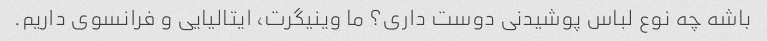
باشه چه نوع لباس پوشیدنی دوست داری؟ ما وینیگرت، ایتالیایی و فرانسوی داریم.